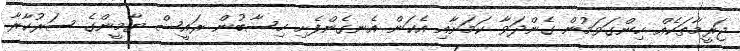
ޖަރީމާތަކެއް ހިންގަވަމުން ގެންދަވާ ކަމަށާއި އެކަން އެނގެންފެށި ހިސާބުން ރައީސް ޔާމީންގެ ސަރުކާރާ